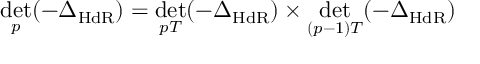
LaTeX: \operatorname * { d e t } _ { p } ( - \Delta _ { \mathrm { H d R } } ) = \operatorname * { d e t } _ { p T } ( - \Delta _ { \mathrm { H d R } } ) \times \operatorname * { d e t } _ { ( p - 1 ) T } ( - \Delta _ { \mathrm { H d R } } )